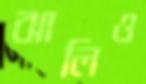
ঝালিও